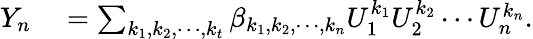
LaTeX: \begin{array}{rl}{Y_{n}}&{{}=\sum_{k_{1},k_{2},\cdots,k_{t}}\beta_{k_{1},k_{2},\cdots,k_{n}}U_{1}^{k_{1}}U_{2}^{k_{2}}\cdots U_{n}^{k_{n}}.}\end{array}